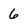
Character: 6